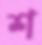
শ